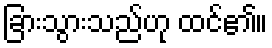
ခြားသွားသည်ဟု ထင်၏။